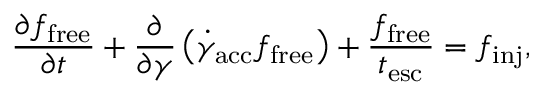
\frac { \partial f _ { \mathrm { f r e e } } } { \partial t } + \frac { \partial } { \partial \gamma } \left( \dot { \gamma } _ { \mathrm { a c c } } f _ { \mathrm { f r e e } } \right) + \frac { f _ { \mathrm { f r e e } } } { t _ { \mathrm { e s c } } } = f _ { \mathrm { i n j } } ,